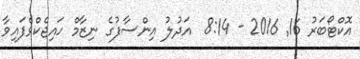
އޮކްޓޯބަރު 16